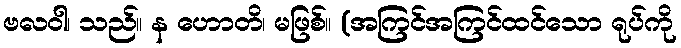
ဗလဝါ၊ သည်။ န ဟောတိ၊ မဖြစ်။ (အကြင်အကြင်ထင်သော ရုပ်ကို